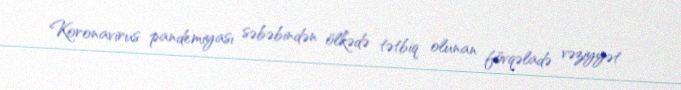
Koronavirus pandemiyası səbəbindən ölkədə tətbiq olunan fövqəladə vəziyyət